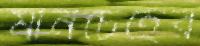
মানচেহের